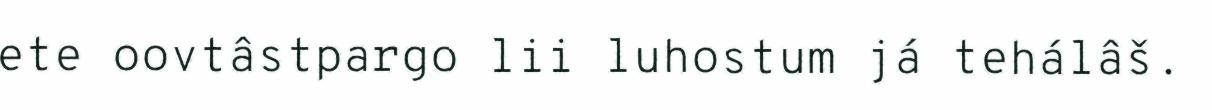
ete oovtâstpargo lii luhostum já tehálâš.